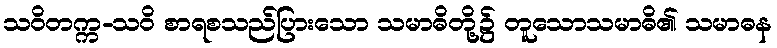
သဝိတက္က-သဝိ စာရစသည်ပြားသော သမာဓိတို့၌ တူသောသမာဓိ၏ သမာဓန